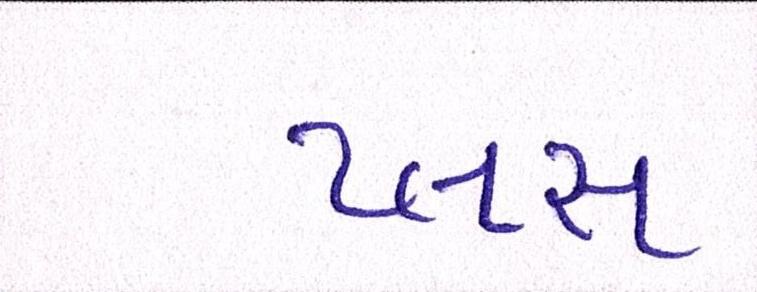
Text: પ્લસ